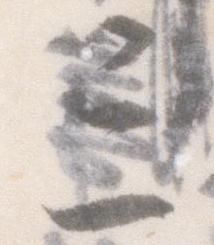
三